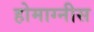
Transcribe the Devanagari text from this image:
होमाग्नीस